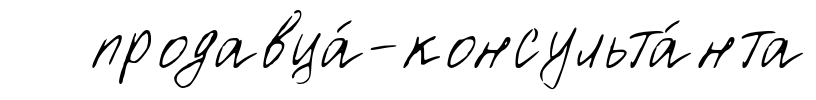
продавца́-консульта́нта